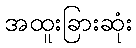
အထူးခြားဆုံး